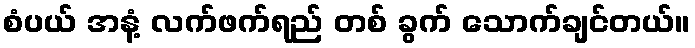
စံပယ် အနံ့ လက်ဖက်ရည် တစ် ခွက် သောက်ချင်တယ်။